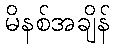
မိနစ်အချိန်